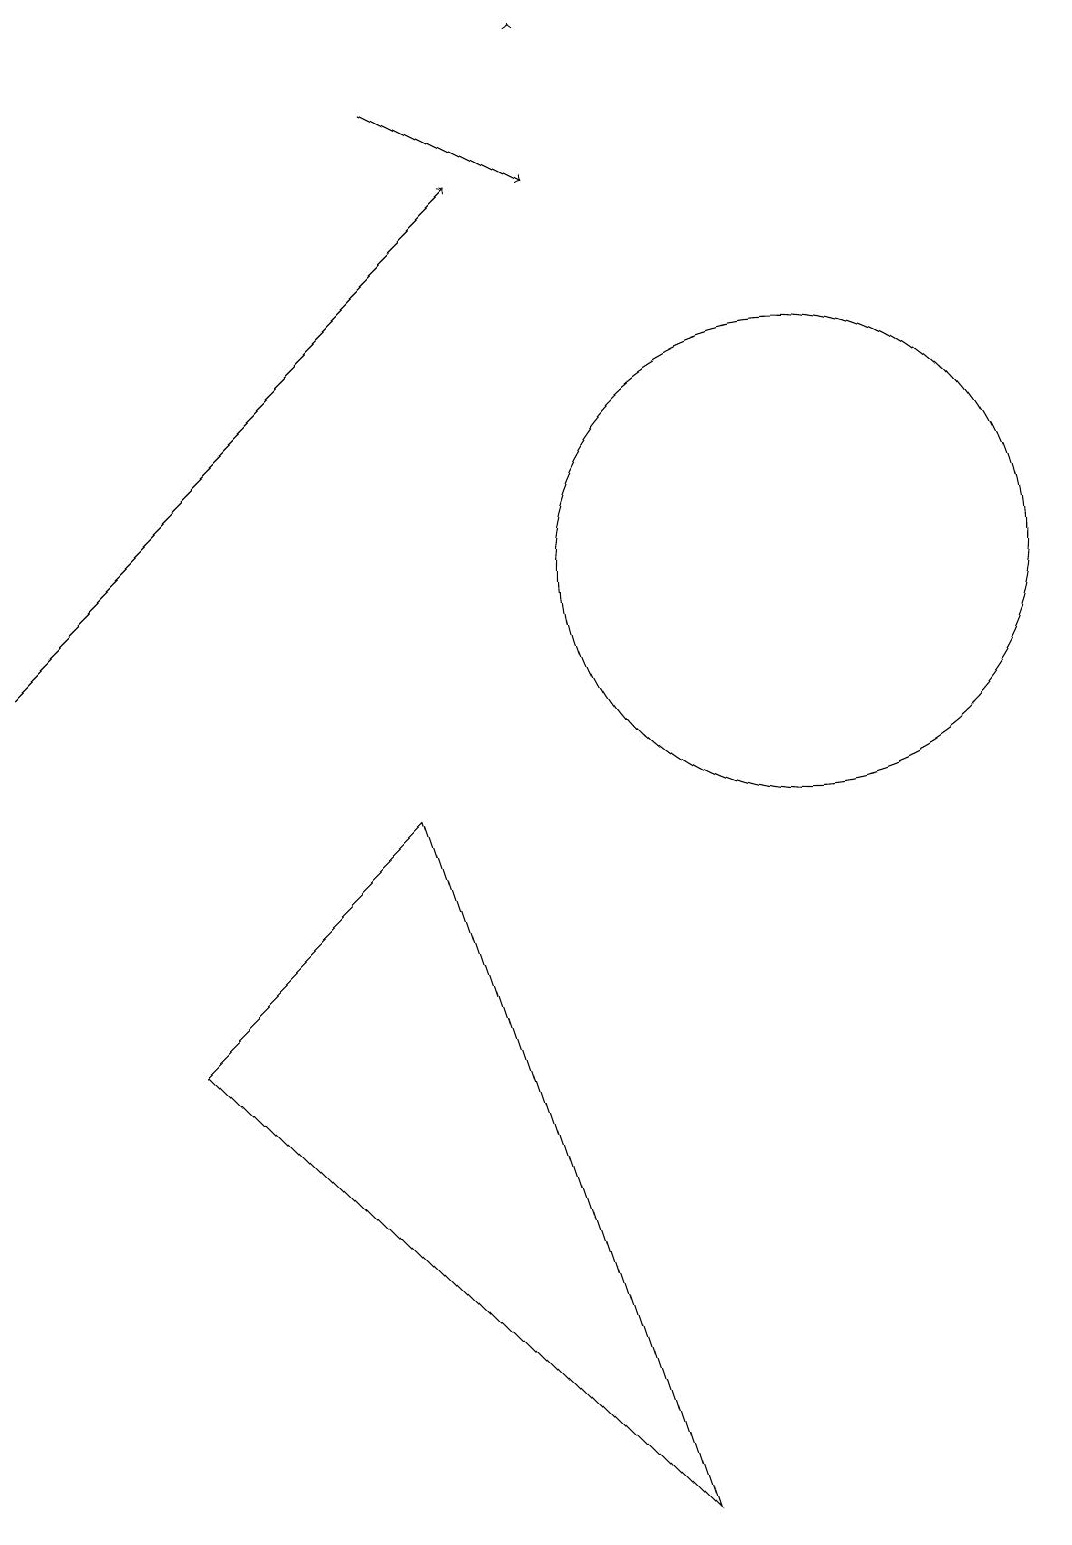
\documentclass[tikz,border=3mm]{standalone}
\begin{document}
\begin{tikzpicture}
\draw (3,6) -- (6,9) -- (9,0) -- cycle;
\draw[->] (8,19) -- (8,19);
\draw (11,12) circle (3);
\draw[->] (6,18) -- (8,17);
\draw[->] (1,11) -- (7,17);
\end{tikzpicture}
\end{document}